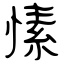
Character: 愫